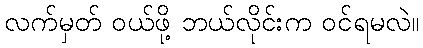
လက်မှတ် ဝယ်ဖို့ ဘယ်လိုင်းက ဝင်ရမလဲ။